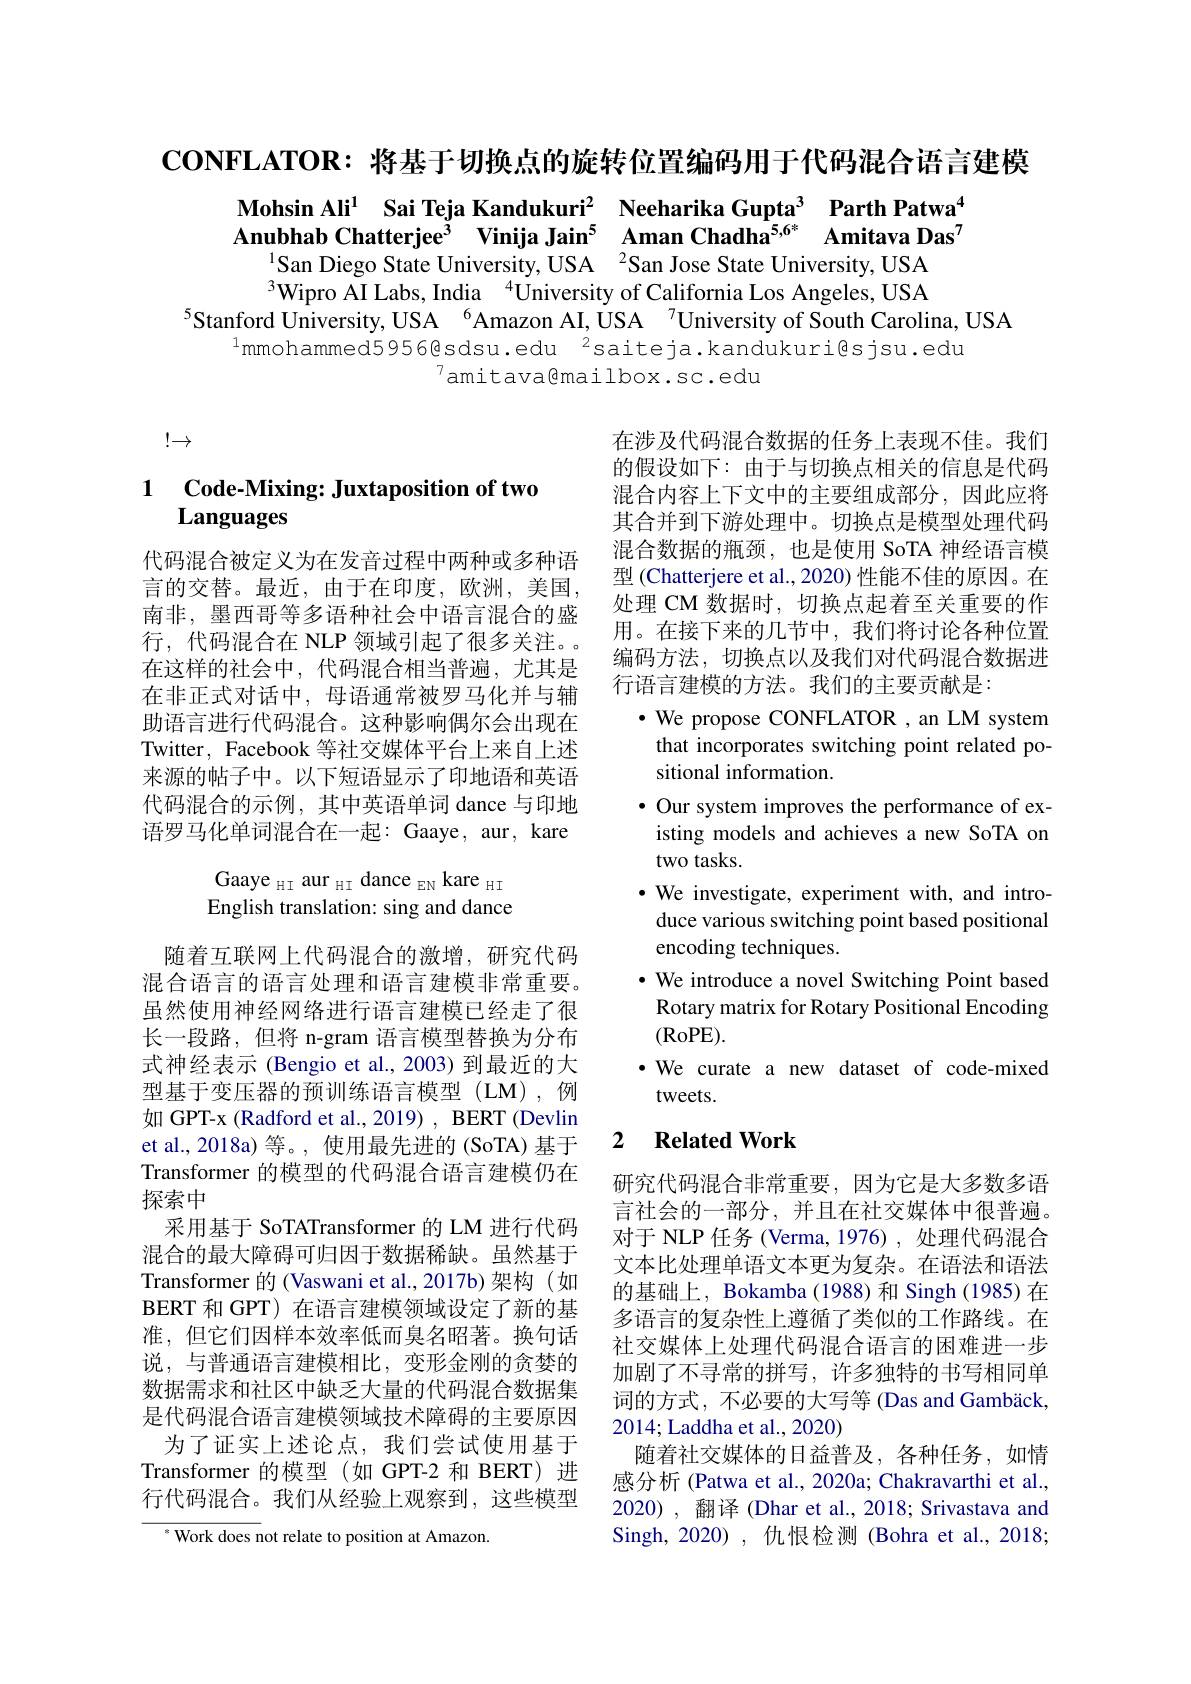
CONFLATOR: 将基于切换点的旋转位置编码用于代码混合语言建模

$\textbf{Mohsin Ali}^{1}$ Sai Teja Kandukuri$^2$ Neeharika Gupta$^3$ Parth Patwa$^{4}$ Anubhab Chatterjee$^{3}$ Vinija Jain$^{5}$ Aman Chadha$^{5,6^*}$ Amitava Das$^{7}$San Diego State University, USA $^{2}$San Jose State University, USA

$^{3}$Wipro AI Labs, India$^{4}$University of California Los Angeles, USA
$^{5}$Stanford University, USA$^{6}$Amazon AI, ÚSA$^{7}$University of South Carolina, USA
$^{1}$mmohammed5956@sdsu.edu$^2$saiteja.kandukuri@sjsu.edu
$^{7}$amitava@mailbox.sc.edu

$!\to$

### 1 Code-Mixing: Juxtaposition of two Languages

代码混合被定义为在发音过程中两种或多种语言的交替。最近，由于在印度，欧洲，美国， 南非，墨西哥等多语种社会中语言混合的盛行，代码混合在 NLP 领域引起了很多关注。在这样的社会中，代码混合相当普遍，尤其是在非正式对话中，母语通常被罗马化并与辅助语言进行代码混合。这种影响偶尔会出现在Twitter, Facebook 等社交媒体平台上来自上述来源的帖子中。以下短语显示了印地语和英语代码混合的示例，其中英语单词 dance 与印地语罗马化单词混合在一起：Gaaye, aur, kare

在涉及代码混合数据的任务上表现不佳。我们的假设如下：由于与切换点相关的信息是代码混合内容上下文中的主要组成部分，因此应将其合并到下游处理中。切换点是模型处理代码混合数据的瓶颈，也是使用 SoTA 神经语言模型 (Chatterjere et al., 2020) 性能不佳的原因。在处理 CM 数据时，切换点起着至关重要的作用。在接下来的几节中，我们将讨论各种位置编码方法，切换点以及我们对代码混合数据进行语言建模的方法。我们的主要贡献是：
$\cdot$ We propose CONFLATOR , an LM system that incorporates switching point related positional information.
$\bullet$ Our system improves the performance of existing models and achieves a new SoTA on two tasks.
$\bullet$ We investigate, experiment with, and intro-
duce various switching point based positional
encoding techniques.
· We introduce a novel Switching Point based Rotary matrix for Rotary Positional Encoding (RoPE).
·We curate a new dataset of code-mixed
tweets.

2 $\textbf{Related Work}$
$$\text{Gaaye aur HI dance EN kare HI}\\\text{English translation: sing and dance}$$
随着互联网上代码混合的激增，研究代码混合语言的语言处理和语言建模非常重要。虽然使用神经网络进行语言建模已经走了很长一段路，但将 n-gram 语言模型替换为分布式神经表示 (Bengio et al., 2003) 到最近的大型基于变压器的预训练语言模型(LM),例如 GPT-x (Radford et al., 2019) , BERT (Devlin et al., 2018a) 等。, 使用最先进的 (SoTA) 基于Transformer 的模型的代码混合语言建模仍在探索中
采用基于 SoTATransformer 的 LM 进行代码混合的最大障碍可归因于数据稀缺。虽然基于Transformer 的 (Vaswani et al.,2017b)架构 (如BERT 和 GPT) 在语言建模领域设定了新的基准，但它们因样本效率低而臭名昭著。换句话说，与普通语言建模相比，变形金刚的贪婪的数据需求和社区中缺乏大量的代码混合数据集是代码混合语言建模领域技术障碍的主要原因
为了证实上述论点，我们尝试使用基于Transformer 的模型(如 GPT-2 和 BERT)进行代码混合。我们从经验上观察到，这些模型

研究代码混合非常重要，因为它是大多数多语言社会的一部分，并且在社交媒体中很普遍。对于 NLP 任务 (Verma, 1976) , 处理代码混合文本比处理单语文本更为复杂。在语法和语法的基础上，Bokamba (1988) 和 Singh (1985) 在多语言的复杂性上遵循了类似的工作路线。在社交媒体上处理代码混合语言的困难进一步加剧了不寻常的拼写，许多独特的书写相同单词的方式，不必要的大写等 (Das and Gambäck, 2014; Laddha et al., 2020)
随着社交媒体的日益普及，各种任务，如情感分析 (Patwa et al., 2020a; Chakravarthi et al., 2020), 翻译 (Dhar et al., 2018; Srivastava and Singh, 2020) , 仇恨检测 (Bohra et al., 2018;

$^{*}$ Work does not relate to position at Amazon.